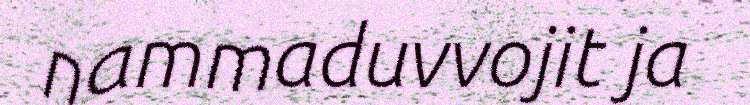
nammaduvvojit ja